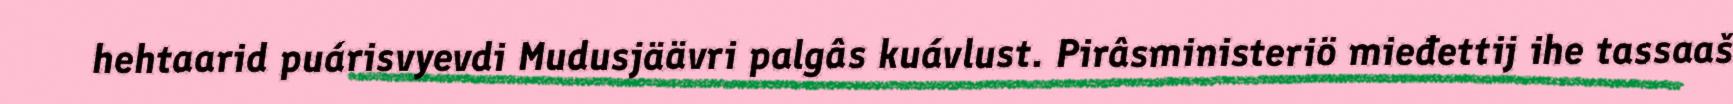
hehtaarid puárisvyevdi Mudusjäävri palgâs kuávlust. Pirâsministeriö mieđettij ihe tassaaš